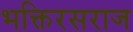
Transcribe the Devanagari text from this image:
भक्तिरसराज